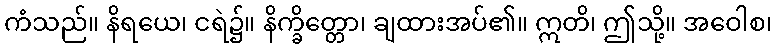
ကံသည်။ နိရယေ၊ ငရဲ၌။ နိက္ခိတ္တော၊ ချထားအပ်၏။ ဣတိ၊ ဤသို့။ အဝေါစ၊